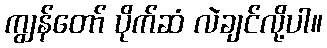
ကျွန်တော် ပိုက်ဆံ လဲချင်လို့ပါ။